Statistical return of the lunatic asylum in Assam - 1912-1932
Year: 1912
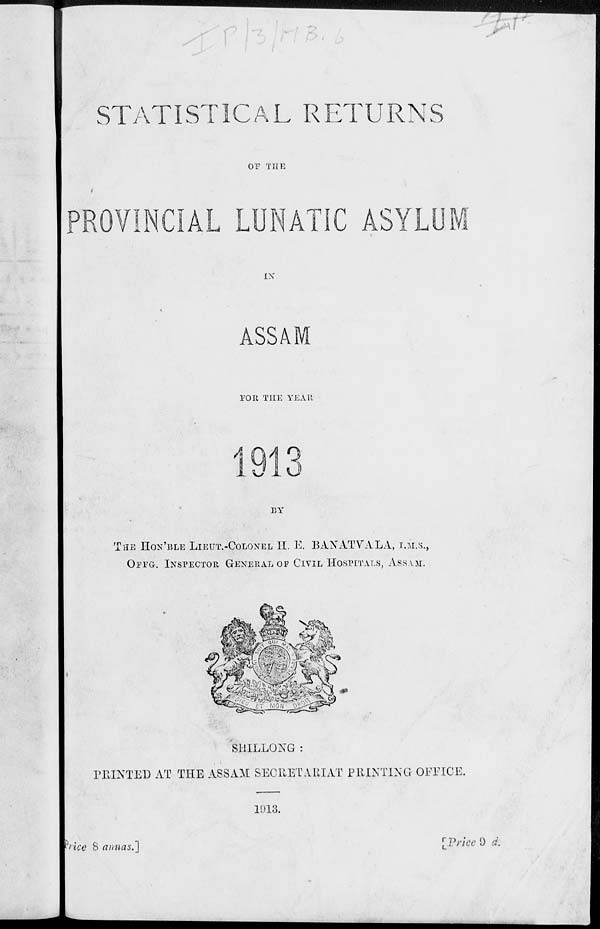
STATISTICAL RETURNS
or THE
NCIAL LUNATIC ASYLUM
IN
ASSAM
roit THE YEAR
BY
THE IION'BLE LIEUT.-COLONEL IT. E. BANATVALA, I.M.S.,
OPFG-. INSPECTOR GENERAL OP CIVIL HOSPITALS, ASSAM.
SHILLONG :
PRINTED AT THE ASSAM SECRETARIAT PRINTING OFFICE.
1913.
rice & annas,'}
[Price 9 d.